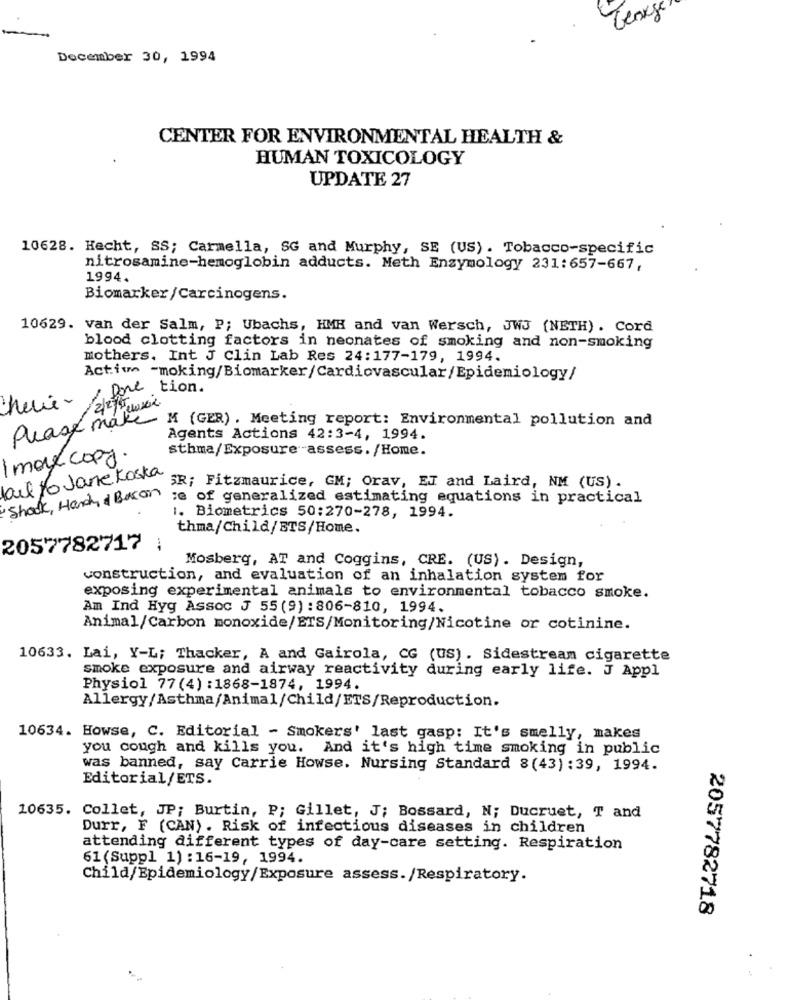
George
December 30, 1994
CENTER FOR ENVIRONMENTAL HEALTH &
HUMAN TOXICOLOGY
UPDATE 27
10628. Hecht, SS; Carmella, SG and Murphy, SE (US). Tobacco-specific
nitrosamine-hemoglobin adducts. Meth Enzymology 231:657-667,
1994.
Biomarker/Carcinogens.
10629. van der Salm, P; Ubachs, HME and van Wersch, JWJ (NETH) . Cord
blood clotting factors in neonates of smoking and non-smoking
mothers. Int J Clin Lab Res 24:177-179, 1994.
Action -moking/Biomarker/Cardiovascular/Epidemiology/
/ Done tion.
cherie-
2/2 4 wskie
Please make
M (GER) . Meeting report: Environmental pollution and
Agents Actions 42:3-4, 1994.
sthma/Exposure -assess. /Home.
Imaux copy.
fail to Jare Koska
SR; Fitzmaurice, GM; Orav, EI and Laird, NM (US).
Shook, Handy & Bacon
se of generalized estimating equations in practical
1. Biometrics 50:270-278, 1994.
thma/Child/ETS/Home.
2057782717
Mosberg, AT and Coggins, CRE. (US). Design,
construction, and evaluation of an inhalation system for
exposing experimental animals to environmental tobacco smoke.
Am Ind Hyg Assoc J 55 (9) : 806-810, 1994.
Animal/Carbon monoxide/ETS/Monitoring/Nicotine or cotinine.
10633. Lai, Y-L; Thacker, A and Gairola, CG (US). Sidestream cigarette
smoke exposure and airway reactivity during early life. J Appl
Physiol 77(4) :1868-1874, 1994.
Allergy/Asthma/Animal/Child/ETS/Reproduction.
10634. Howse, C. Editorial - Smokers' last gasp: It's smelly, makes
you cough and kills you. And it's high time smoking in public
was banned, say Carrie Howse. Nursing Standard 8(43) :39, 1994.
Editorial/ETS.
10635. Collet, JP; Burtin, P; Gillet, J; Bossard, N; Ducruet, T and
Durr, F (CAN). Risk of infectious diseases in children
attending different types of day-care setting. Respiration
61 (Suppl 1) :16-19, 1994.
Child/Epidemiology/Exposure assess. /Respiratory.
2057782718